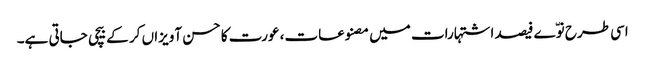
اسی طرح نوّے فیصد اشتہارات میں مصنوعات، عورت کا حسن آویزاں کر کے بیچی جاتی ہے۔